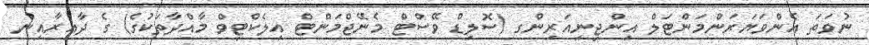
ނުވަތަ އެންވަޔަރަންމަންޓަލް އިންޖިނިއަރިންގ (ސޮލިޑް ވޭސްޓް މެނޭޖްމަންޓް އިލެކްޓިވް މާއްދާތަކުގެ) ގެ ދާއިރާއިން